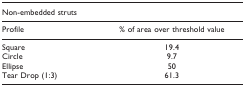
<table><thead><tr><td colspan="2"><b>Non-embedded struts</b></td></tr></thead><tbody><tr><td>Profile</td><td>% of area over threshold value</td></tr><tr><td>Square</td><td>19.4</td></tr><tr><td>Circle</td><td>9.7</td></tr><tr><td>Ellipse</td><td>50</td></tr><tr><td>Tear Drop (1:3)</td><td>61.3</td></tr></tbody></table>